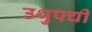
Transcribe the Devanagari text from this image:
उथुपची